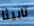
تابيثا